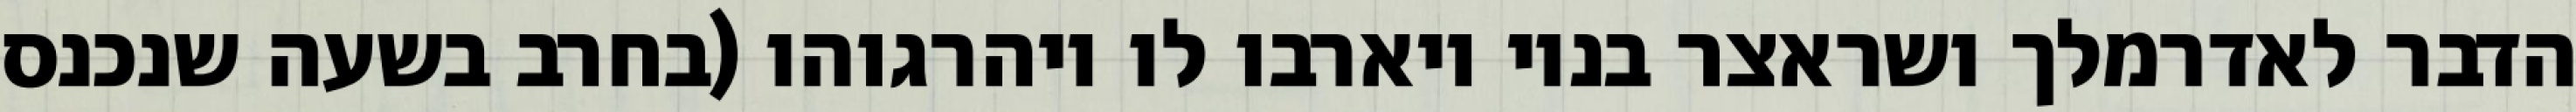
הדבר לאדרמלך ושראצר בניו ויארבו לו ויהרגוהו (בחרב בשעה שנכנס